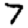
Digit: 7